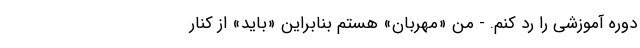
دوره آموزشی را رد کنم. - من «مهربان» هستم بنابراین «باید» از کنار